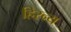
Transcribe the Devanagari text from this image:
हिरन्य